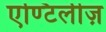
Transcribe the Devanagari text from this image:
एण्टिलीज़